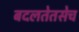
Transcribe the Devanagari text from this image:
बदलतेतसेच